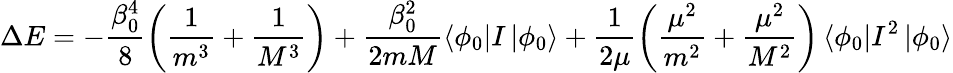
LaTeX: \Delta E=-\frac{\beta_{0}^{4}}8\left(\frac 1{m^{3}}+\frac 1{M^{3}}\right)+\frac{\beta_{0}^{2}}{2mM}\left<\phi_{0}\right|I\left|\phi_{0}\right>+\frac 1{2\mu}\left(\frac{\mu^{2}}{m^{2}}+\frac{\mu^{2}}{M^{2}}\right)\left<\phi_{0}\right|I^{2}\left|\phi_{0}\right>